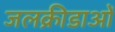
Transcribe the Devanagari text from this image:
जलक्रीडाओं